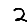
Digit: 2